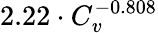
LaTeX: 2.22\cdot C_{v}^{-0.808}